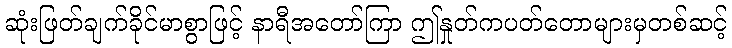
ဆုံးဖြတ်ချက်ခိုင်မာစွာဖြင့် နာရီအတော်ကြာ ဤနှုတ်ကပတ်တောများမှတစ်ဆင့်